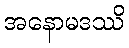
အနောမဒဿိ